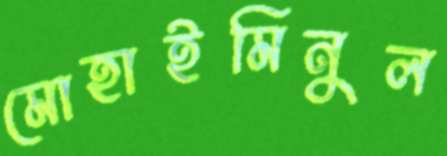
মোহাইমিনুল